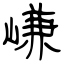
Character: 嵰